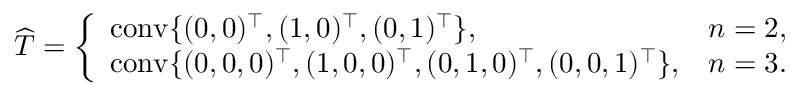
\begin{array} { r } { { \widehat T } = \left\{ \begin{array} { l l } { \operatorname { c o n v } \{ ( 0 , 0 ) ^ { \top } , ( 1 , 0 ) ^ { \top } , ( 0 , 1 ) ^ { \top } \} , } & { n = 2 , } \\ { \operatorname { c o n v } \{ ( 0 , 0 , 0 ) ^ { \top } , ( 1 , 0 , 0 ) ^ { \top } , ( 0 , 1 , 0 ) ^ { \top } , ( 0 , 0 , 1 ) ^ { \top } \} , } & { n = 3 . } \end{array} \right. } \end{array}